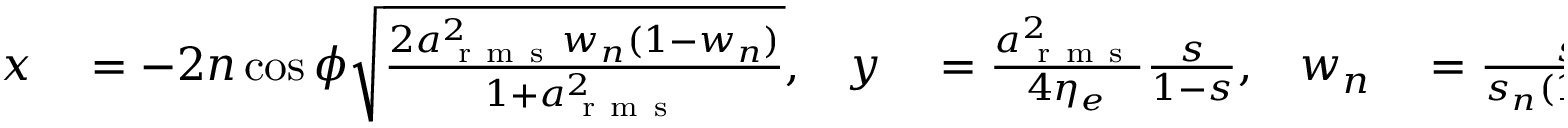
\begin{array} { r l r l r l r l } { x } & { { } = - 2 n \cos \phi \sqrt { \frac { 2 a _ { \mathrm { ~ r ~ m ~ s ~ } } ^ { 2 } w _ { n } ( 1 - w _ { n } ) } { 1 + a _ { \mathrm { ~ r ~ m ~ s ~ } } ^ { 2 } } } , } & { y } & { { } = \frac { a _ { \mathrm { ~ r ~ m ~ s ~ } } ^ { 2 } } { 4 \eta _ { e } } \frac { s } { 1 - s } , } & { w _ { n } } & { { } = \frac { s } { s _ { n } ( 1 - s ) } , } & { s _ { n } } & { { } = \frac { 2 n \eta _ { e } } { 1 + a _ { \mathrm { ~ r ~ m ~ s ~ } } ^ { 2 } } , } \end{array}